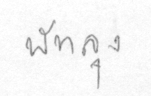
พัทลุง